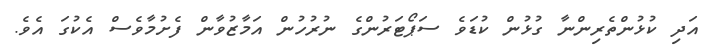
އަދި ކުޅުންތެރިންނާ ގުޅުން ކުޑަވެ ސަޕޯޓަރުންގެ ނުރުހުން އަމާޒުވާން ފެށުމާވެސް އެކުގަ އެވެ.